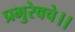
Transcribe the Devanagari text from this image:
प्रभुरेवचे।।